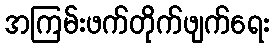
အကြမ်းဖက်တိုက်ဖျက်ရေး